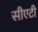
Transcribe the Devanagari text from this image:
सीएटी